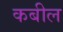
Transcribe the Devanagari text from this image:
कबील